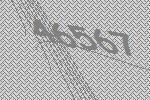
46567